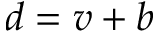
d = v + b